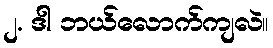
၂. ဒါ ဘယ်လောက်ကျလဲ။